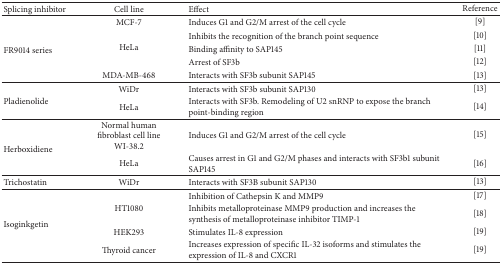
<table><thead><tr><td><b>Splicing inhibitor</b></td><td><b>Cell line</b></td><td><b>Effect</b></td><td><b>Reference</b></td></tr></thead><tbody><tr><td rowspan="5">FR9014 series</td><td>MCF-7</td><td>Induces G1 and G2/M arrest of the cell cycle</td><td>[9]</td></tr><tr><td rowspan="3">HeLa</td><td>Inhibits the recognition of the branch point sequence</td><td>[10]</td></tr><tr><td>Binding affinity to SAP145</td><td>[11]</td></tr><tr><td>Arrest of SF3b</td><td>[12]</td></tr><tr><td>MDA-MB-468</td><td>Interacts with SF3b subunit SAP145</td><td>[13]</td></tr><tr><td rowspan="2">Pladienolide</td><td>WiDr</td><td>Interacts with SF3b subunit SAP130</td><td>[13]</td></tr><tr><td>HeLa</td><td>Interacts with SF3b. Remodeling of U2 snRNP to expose the branch point-binding region</td><td>[14]</td></tr><tr><td rowspan="2">Herboxidiene</td><td>Normal human fibroblast cell line WI-38.2</td><td>Induces G1 and G2/M arrest of the cell cycle</td><td>[15]</td></tr><tr><td>HeLa</td><td>Causes arrest in G1 and G2/M phases and interacts with SF3b1 subunit SAP145</td><td>[16]</td></tr><tr><td>Trichostatin</td><td>WiDr</td><td>Interacts with SF3B subunit SAP130</td><td>[13]</td></tr><tr><td rowspan="4">Isoginkgetin</td><td rowspan="2">HT1080</td><td>Inhibition of Cathepsin K and MMP9</td><td>[17]</td></tr><tr><td>Inhibits metalloproteinase MMP9 production and increases the synthesis of metalloproteinase inhibitor TIMP-1</td><td>[18]</td></tr><tr><td>HEK293</td><td>Stimulates IL-8 expression</td><td>[19]</td></tr><tr><td>Thyroid cancer</td><td>Increases expression of specific IL-32 isoforms and stimulates the expression of IL-8 and CXCR1</td><td>[19]</td></tr></tbody></table>